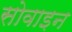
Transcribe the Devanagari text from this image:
सोवाइन